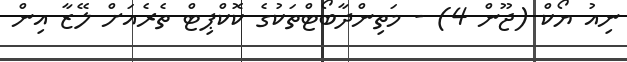
ނިއު ޔޯކް (ޖޫން 4) - މަތިންދާބޯޓްތަކުގެ ކޮކްޕިޓް ތެރެއަށް ލޭޒާ އިން